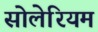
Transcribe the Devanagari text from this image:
सोलेरियम